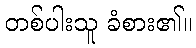
တစ်ပါးသူ ခံစား၏။